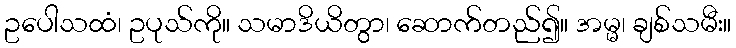
ဥပေါသထံ၊ ဥပုသ်ကို။ သမာဒိယိတွာ၊ ဆောက်တည်၍။ အမ္မ၊ ချစ်သမီး။